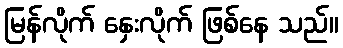
မြန်လိုက် နှေးလိုက် ဖြစ်နေ သည်။